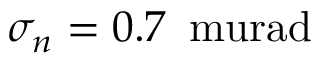
\sigma _ { n } = 0 . 7 \, \mathrm { \ m u r a d }